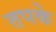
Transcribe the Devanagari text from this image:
तपके